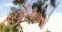
તરફીઓનો